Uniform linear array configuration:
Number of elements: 48
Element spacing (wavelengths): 0.25
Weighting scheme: hamming
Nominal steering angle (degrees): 45
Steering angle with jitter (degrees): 43.098
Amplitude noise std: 0.05
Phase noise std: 0.05

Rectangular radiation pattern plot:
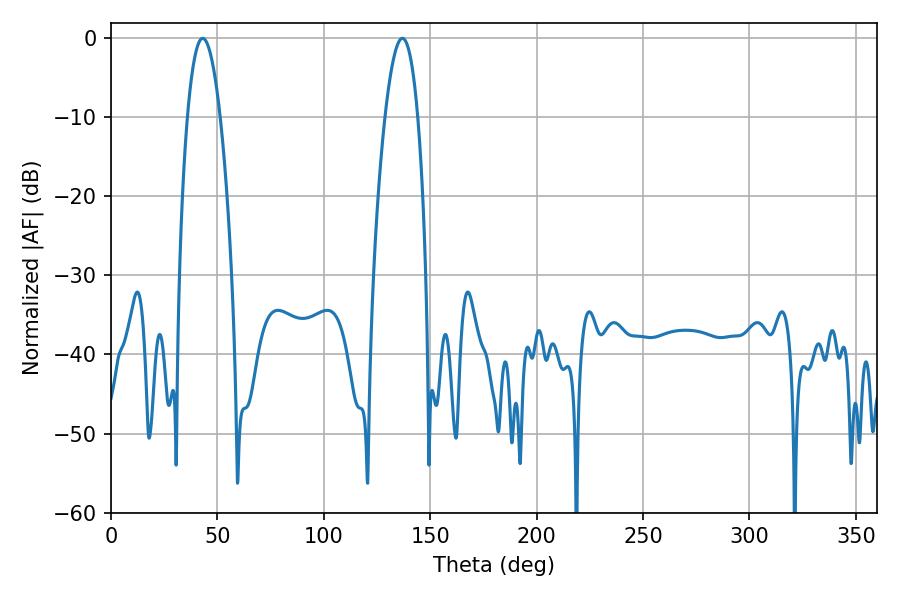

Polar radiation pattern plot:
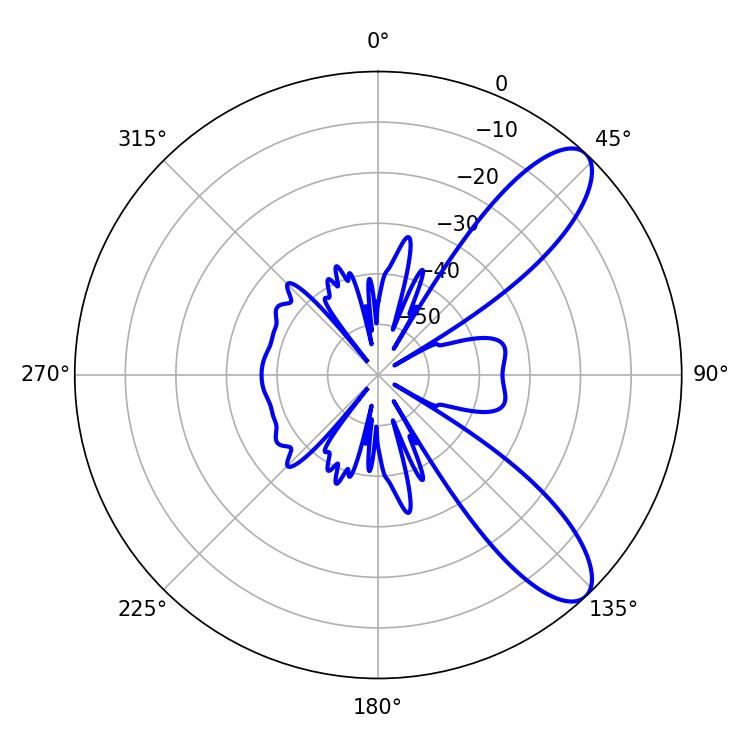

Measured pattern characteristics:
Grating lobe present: FALSE
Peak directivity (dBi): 9.621
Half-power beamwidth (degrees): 8.46
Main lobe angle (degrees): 43.02